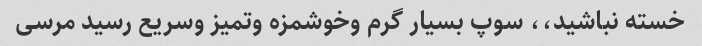
خسته نباشید،، سوپ بسیار گرم وخوشمزه وتمیز وسریع رسید مرسی